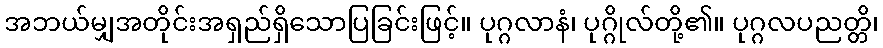
အဘယ်မျှအတိုင်းအရှည်ရှိသောပြခြင်းဖြင့်။ ပုဂ္ဂလာနံ၊ ပုဂ္ဂိုလ်တို့၏။ ပုဂ္ဂလပညတ္တိ၊